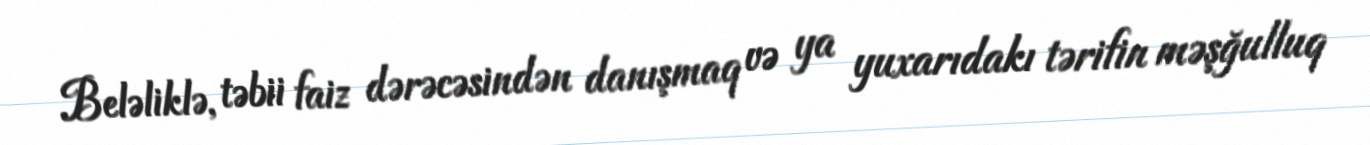
Beləliklə, təbii faiz dərəcəsindən danışmaq və ya yuxarıdakı tərifin məşğulluq